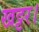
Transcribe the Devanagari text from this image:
खट्टर।